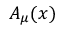
A _ { \mu } ( x )